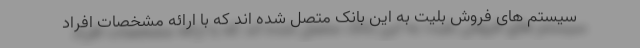
سیستم های فروش بلیت به این بانک متصل شده اند که با ارائه مشخصات افراد